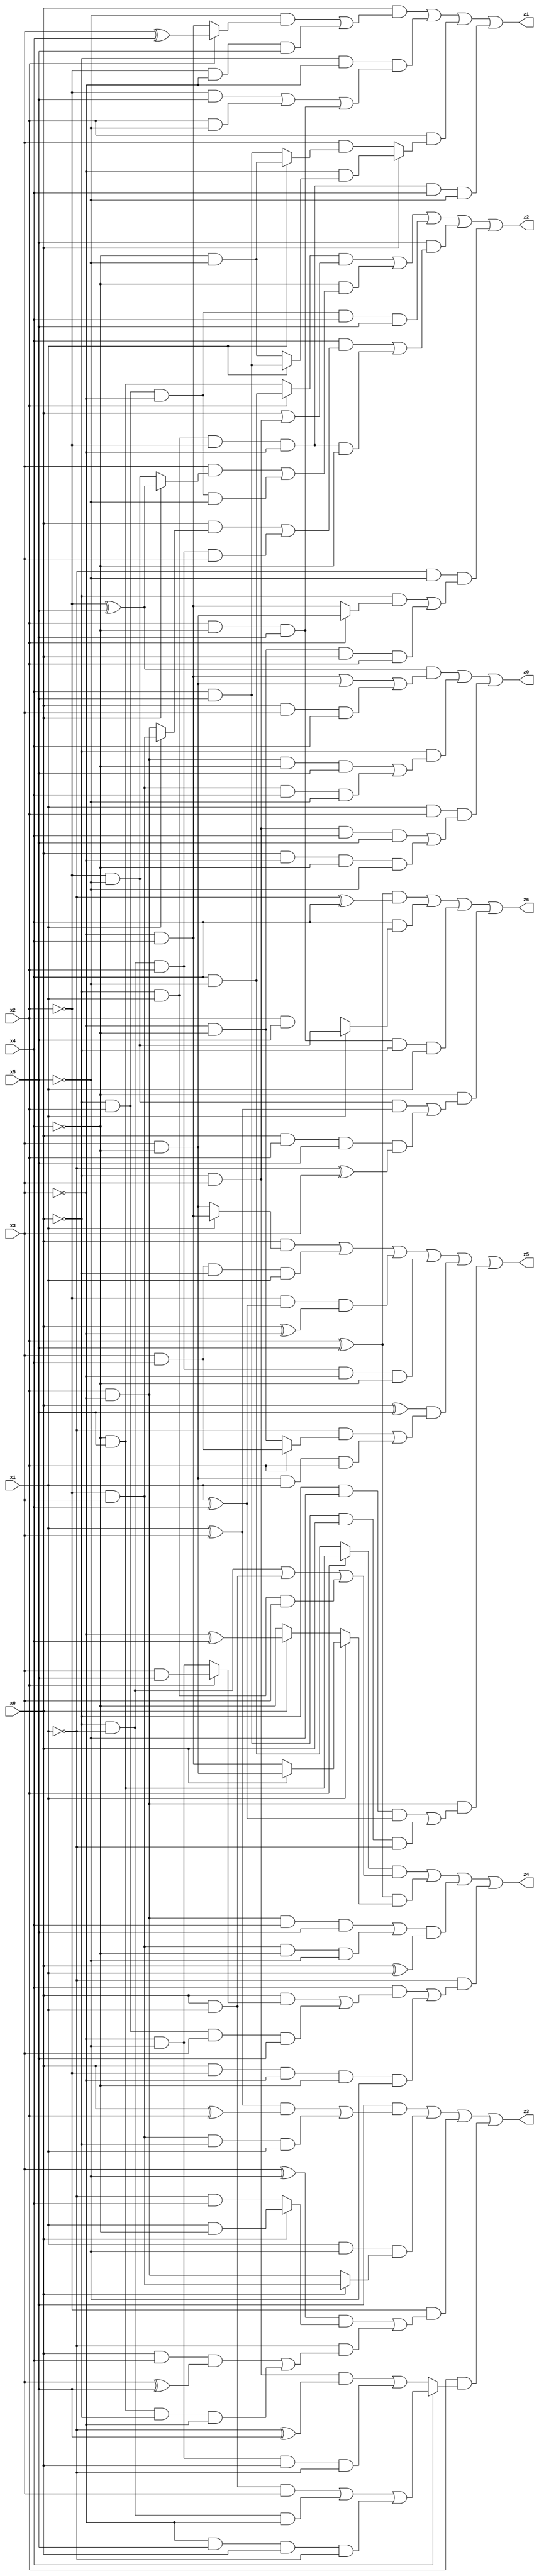
// Benchmark "X_12" written by ABC on Thu Jun 29 21:15:06 2023

module X_12 ( 
    x0, x1, x2, x3, x4, x5,
    z0, z1, z2, z3, z4, z5, z6  );
  input  x0, x1, x2, x3, x4, x5;
  output z0, z1, z2, z3, z4, z5, z6;
  assign z0 = ((~x2 ^ x5) & ((~x3 & x4) | (x3 & ~x4) | (x0 & x3 & x4))) | (~x0 & ((x2 & ~x3 & ~x4 & x5) | (~x2 & x3 & x4 & ~x5))) | (x1 & x2 & ((~x0 & x3 & x4 & x5) | (x0 & ~x3 & ~x4 & ~x5)));
  assign z1 = (x0 & ((~x5 & (x2 ? (x3 ^ x4) : (~x3 & x4))) | (~x2 & ~x3 & x5))) | (~x0 & ~x3 & ((~x2 & x5) | (x2 & ~x5) | (x2 & ~x4 & x5))) | (x2 & (x0 ? (~x3 & (x1 ? (x4 & x5) : (~x4 & ~x5))) : (x3 & (x1 ? (~x4 & ~x5) : (x4 & x5))))) | (~x0 & x1 & ~x2 & ~x3 & x4 & ~x5);
  assign z2 = ((x2 ? (x4 & ~x5) : (~x4 & x5)) & (x0 | (~x0 & x3))) | (~x4 & ((x3 & (x0 ? (~x2 ^ x5) : (~x2 & ~x5))) | (~x0 & x2 & ~x3 & ~x5))) | (~x0 & x2 & ~x3 & x4 & x5) | (x5 & ((x4 & ((x0 & (x1 ? (~x2 & x3) : (x2 & ~x3))) | (~x0 & ~x1 & x2 & x3))) | (~x0 & x1 & ~x2 & ~x3 & ~x4))) | (~x1 & ~x5 & ((~x0 & (x2 ? (x3 & ~x4) : (~x3 & x4))) | (~x3 & ~x4 & x0 & x2)));
  assign z3 = (x5 & (((x1 ^ x3) & (x0 ^ x2)) | (~x2 & x3 & ~x0 & x1))) | (x1 & ~x5 & (x0 ? (~x2 & x3) : (x2 & ~x3))) | (~x2 & (((x3 ^ ~x5) & (x0 ? (x1 & ~x4) : (~x1 & x4))) | (~x1 & ((x0 & x4 & (x3 ^ x5)) | (~x4 & x5 & ~x0 & ~x3))))) | (x2 & (x4 ? ((x0 & x1 & x3) | (~x0 & ~x1 & ~x3) | (~x3 & x5 & x0 & ~x1)) : ((~x0 & x3 & (~x1 ^ x5)) | (~x3 & ~x5 & x0 & ~x1))));
  assign z4 = ((x2 ? (~x4 & x5) : (x4 & ~x5)) & ((~x0 & ~x1) | (x0 & x1) | (~x0 & x1 & x3))) | ((x2 ^ x5) & (x1 ? (x0 ? (x3 & ~x4) : (~x3 & x4)) : (x0 ? (~x3 ^ x4) : ~x4))) | (((x2 & ~x3 & x4 & x5) | (~x2 & x3 & ~x4 & ~x5)) & (x0 ^ x1)) | (~x1 & ((x4 & ((x0 & (x2 ? (x3 & x5) : (~x3 & ~x5))) | (~x0 & x2 & x3 & x5))) | (x0 & ~x2 & ~x3 & ~x4 & ~x5)));
  assign z5 = (x0 & (x1 ? (~x3 & x4) : (x3 & ~x4))) | (x3 & x4 & ~x0 & x1) | (~x2 & (x1 ^ x4) & (x0 ^ ~x3)) | (~x0 & ~x1 & x2 & ~x3 & ~x4) | ((x0 ^ x5) & ((~x1 & (x2 ? (x3 & x4) : (~x3 & ~x4))) | (x3 & ~x4 & x1 & x2))) | (x2 & ~x3 & ((~x0 & ~x5 & (x1 ^ x4)) | (x4 & x5 & x0 & ~x1)));
  assign z6 = ((x2 ^ x5) & (~x1 ^ x4)) | (x4 & (x1 ? (~x2 & ~x5) : (x2 & x5))) | (x2 & ~x4 & x5 & ~x0 & x1) | (~x4 & ((~x2 & ~x5 & (x1 ^ x3)) | (x0 & x2 & x5 & (~x1 ^ x3))));
endmodule